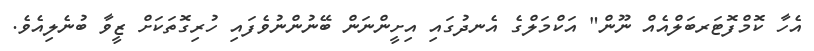
އެހާ ކޮމްފޮޓަރބަލްއެއް ނޫން" އަކްމަލްގެ އެނދުގައި އިށީންނަން ބޭނުންނުވެފައި ހުރިގޮތަކަށް ޒީވާ ބުނެލިއެވެ.